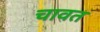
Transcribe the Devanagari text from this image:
चावत